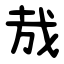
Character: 㦲